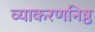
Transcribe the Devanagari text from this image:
व्याकरणनिष्ठ